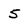
Character: 5